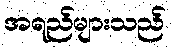
အရည်များသည်